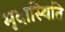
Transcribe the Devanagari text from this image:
मृदास्थिति